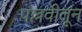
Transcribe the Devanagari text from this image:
पल्लवीतून